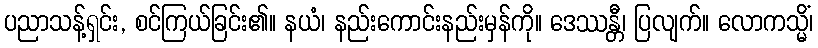
ပညာသန့်ရှင်း, စင်ကြယ်ခြင်း၏။ နယံ၊ နည်းကောင်းနည်းမှန်ကို။ ဒေဿန္တီ၊ ပြလျက်။ လောကသ္မိံ၊